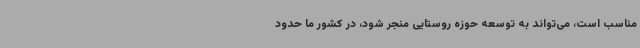
مناسب است، می‌تواند به توسعه حوزه روستایی منجر شود، در کشور ما حدود